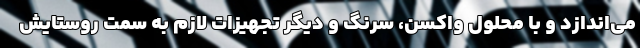
می‌اندازد و با محلول واکسن، سرنگ و دیگر تجهیزات لازم به سمت روستایش